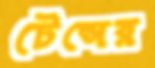
টেন্সের